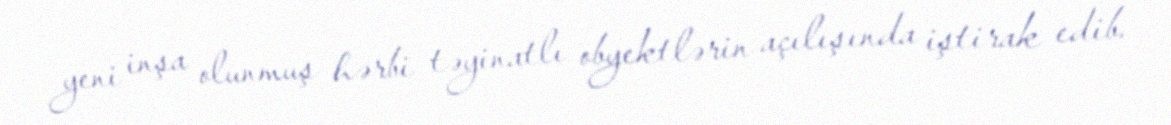
yeni inşa olunmuş hərbi təyinatlı obyektlərin açılışında iştirak edib.